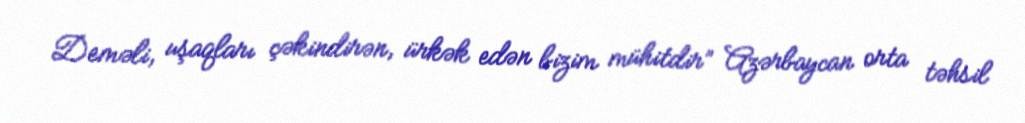
Deməli, uşaqları çəkindirən, ürkək edən bizim mühitdir” Azərbaycan orta təhsil